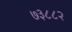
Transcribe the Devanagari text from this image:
७३८८२